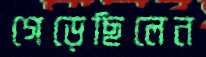
গেড়েছিলেন